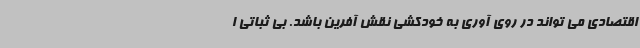
اقتصادی می تواند در روی آوری به خودکشی نقش آفرین باشد. بی ثباتی ا